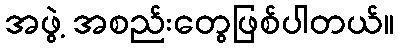
အဖွဲ့ အစည်းတွေဖြစ်ပါတယ်။